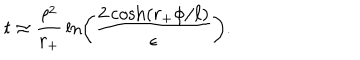
t \approx { \frac { \ell ^ { 2 } } { r _ { + } } } \ln \left( { \frac { 2 \cosh ( r _ { + } \phi / \ell ) } { \epsilon } } \right) .